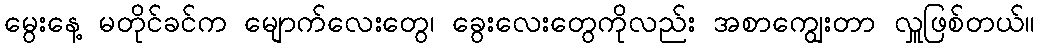
မွေးနေ့ မတိုင်ခင်က မျောက်လေးတွေ၊ ခွေးလေးတွေကိုလည်း အစာကျွေးတာ လှူဖြစ်တယ်။